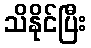
သိနိုင်ပြီး